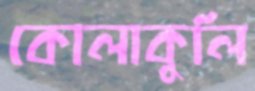
কোলাকুলি